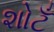
શોટઁ